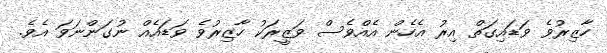
ހާޒިރުވެ ވަޑައިގަތް އިރު އެހެން އެެއްވެސް ވަޒީރަކު ހާޒިރުވެ ވަޑައެއް ނުގަންނަވަ އެވެ.